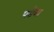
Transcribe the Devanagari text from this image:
पसेवा